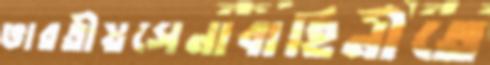
ভারতীয়সেনাবাহিনীতে